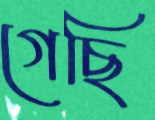
গেছি